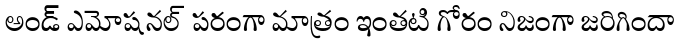
అండ్ ఎమోషనల్ పరంగా మాత్రం ఇంతటి గోరం నిజంగా జరిగిందా